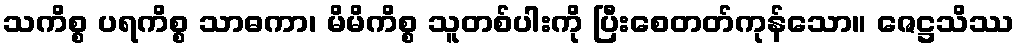
သကိစ္စ ပရကိစ္စ သာဓကာ၊ မိမိကိစ္စ သူတစ်ပါးကို ပြီးစေတတ်ကုန်သော။ ဇေဋ္ဌသိဿ